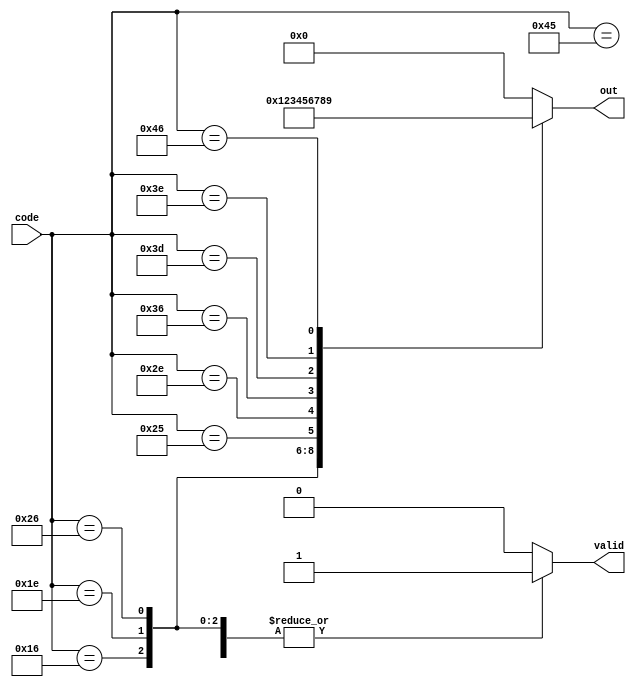
module top_module (
	input [7:0] code,
	output reg [3:0] out,
	output reg valid
);

	// A combinational always block.
	always @(*) begin
		out = 0;		// To avoid latches, give the outputs a default assignment
		valid = 1;		//   then override them in the case statement. This is less
						//   code than assigning a value to every variable for every case.
		case (code)
			8'h45: out = 0;
			8'h16: out = 1;
			8'h1e: out = 2;
			8'h26: out = 3;		// 8'd26 is 8'h1a
			8'h25: out = 4;
			8'h2e: out = 5;
			8'h36: out = 6;
			8'h3d: out = 7;
			8'h3e: out = 8;
			8'h46: out = 9;
			default: valid = 0;
		endcase
	end
	
    // my solution
    // always @(*)
    //     case (code)
    //         8'h45: begin out = 0;valid=1; end
    //         8'h16: begin out = 1;valid=1; end
    //         8'h1e: begin out = 2;valid=1; end
    //         8'h26: begin out = 3;valid=1; end
    //         8'h25: begin out = 4;valid=1; end
    //         8'h2e: begin out = 5;valid=1; end
    //         8'h36: begin out = 6;valid=1; end
    //         8'h3d: begin out = 7;valid=1; end
    //         8'h3e: begin out = 8;valid=1; end
    //         8'h46: begin out = 9;valid=1; end
    //         default: begin out=0;valid = 0;end
    //     endcase

        
endmodule